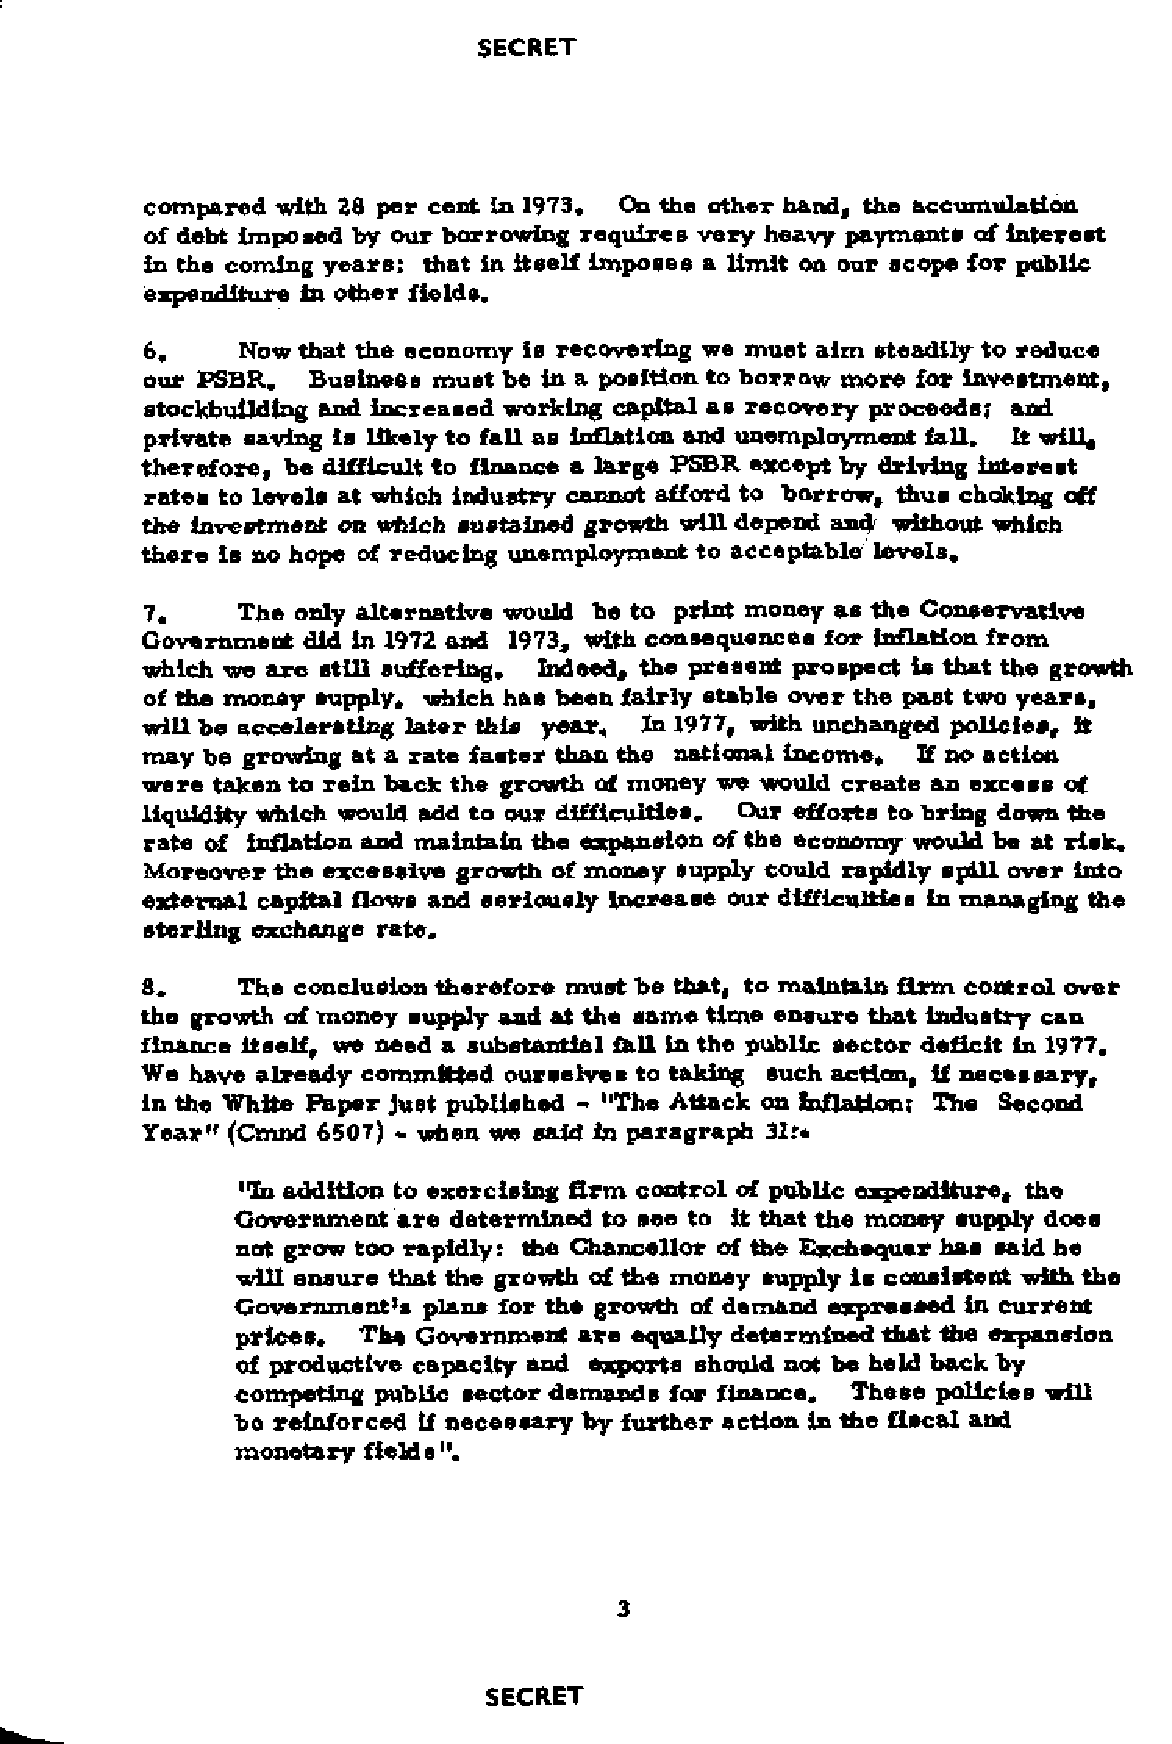
compared with 28 per cent in 1973. On the other hand, the accumulation
 of debt imposed by our borrowing requires very heavy payments of interest
 in the coming years; that in itself imposes a limit on our scope for public
 expenditure in other fields.
 6,    Now that the economy is recovering we must aim steadily to reduce
 our PSBR.  Business must be in a position to borrow more for investment,
 Btockbuilding and increased working capital as recovery proceeds; and
 private saving is likely to fall as inflation and unemployment fall. It will,
 therefore, be difficult to finance a large PSBR except by driving interest
 rates to levels at which industry cannot afford to borrow, thus choking off
 the investment on which sustained growth will depend and without which
 there Is no hope of reducing unemployment toacceptable7 levels.
 7.    The only alternative would be to print money as the Conservative
 Government did In 1972 and 1973, with consequences for Inflation from
 which we are still suffering. Indeed, the present prospect Is that the growth
 of the money supply, which has been fairly stable over the past two years,
 will be accelerating later this year. In 1977, with unchanged policies, it
 may be growing at a rate faBter than the national income. H no action
 were taken to rein back the growth of money we would create an excess of
 liquidity which would add to our difficulties. Our efforts to bring down the
 rate of inflation and maintain the expansion of the economy would be at risk.
 Moreover the excessive growth of money supply could rapidly spill over into
 external capital flows and seriously increase our difficultiee in managing the
 sterling exchange rate.
 8.     The conclusion therefore must be that, to maintain firm control over
 the growth of money supply and at the same time ensure that industry can
 finance itself, we need a substantial fall in the public sector deficit in 1977.
 We have already committed ourselves to taking such action, if necessary,
 in the White Paper just published - "The Attack on Inflationr The Second
 Year" (Cmnd 6507)- when we said in paragraph 31 r*
 "In addition to exercising firm control of publi cexpenditure, the
 Government are determined to see to it that the money supply does
 not grow too rapidly: the Chancellor of the Exchequer has said he
 will ensure that the growth of the money supply is consistent with the
 Government^ plans for the growth of demand expressed in current
 prices. The Government are equally determined that the expansion
 of productive capacity and exports should not be held back by
 competing public sector demands for finance. These policies will
 be reinforced if necessary by further action in the fiscal and
 monetary fields".